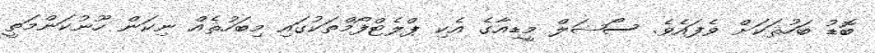
ބޮޑު ބަހުޘަކަށް ވެފައެވެ. ސޯޝަލް މީޑިއާގެ އެކި ޕްލެޓްފޯމްތަކުގައި މިބަހުޘެއް ނިކަން ހޫނުކަންމަތީ